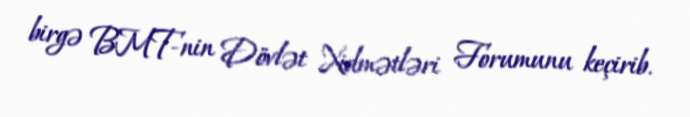
birgə BMT-nin Dövlət Xidmətləri Forumunu keçirib.